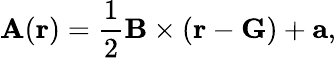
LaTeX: \mathbf{A}(\mathbf{r})=\frac{1}{2}\mathbf{B}\times(\mathbf{r}-\mathbf{G})+\mathbf{a},